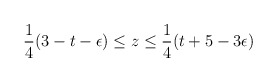
\begin{align*}\frac{1}{4}(3-t-\epsilon ) \leq z \leq \frac{1}{4} (t+ 5-3\epsilon )\end{align*}